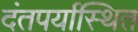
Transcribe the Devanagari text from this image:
दंतपर्यास्थित